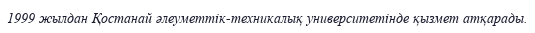
1999 жылдан Қостанай әлеуметтік-техникалық университетінде қызмет атқарады.